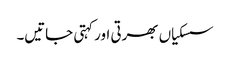
سسکیاں بھرتی اور کہتی جاتیں۔